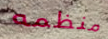
منظمه